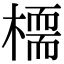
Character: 𣚊